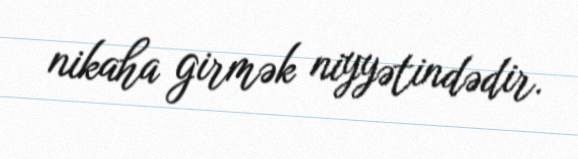
nikaha girmək niyyətindədir.